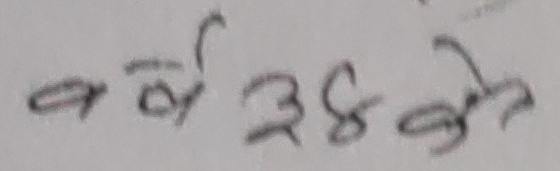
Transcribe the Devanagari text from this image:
भोलि ३८ बजे